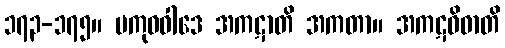
၁၇၃-၁၇၅။ ပကုဓဝါဒေ အကဋာတိ အကတာ။ အကဋဝိဓာတိ